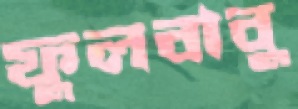
ফুলবাবু